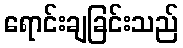
ရောင်းချခြင်းသည်